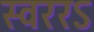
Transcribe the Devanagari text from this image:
स्वररऽ